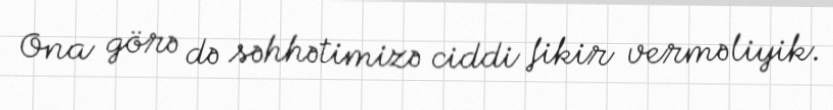
Ona görə də səhhətimizə ciddi fikir verməliyik.